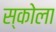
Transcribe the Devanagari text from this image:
स्कोला